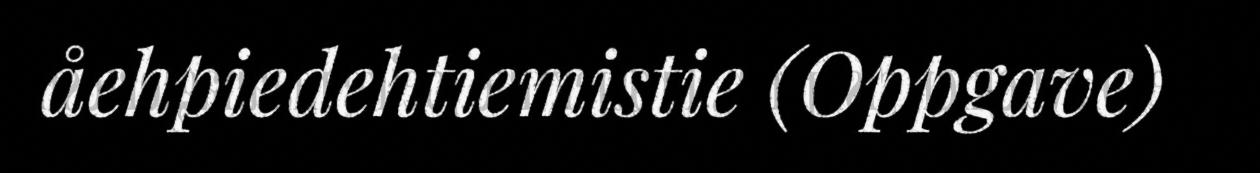
åehpiedehtiemistie (Oppgave)